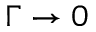
\Gamma \rightarrow 0